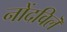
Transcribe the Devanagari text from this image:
नोंदविलॆ